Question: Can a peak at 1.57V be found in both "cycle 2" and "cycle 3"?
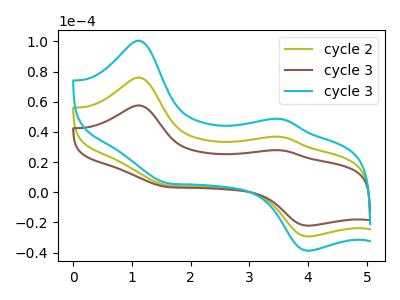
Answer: <think>The olive curve "cycle 2" has anodic peaks at (1.15V, 76.05uA) (3.55V, 36.75uA) and cathodic peaks at (1.55V, 4.80uA) (4.00V, -29.40uA). The brown curve "cycle 3" has anodic peaks at (1.15V, 57.55uA) (3.55V, 27.80uA) and cathodic peaks at (1.55V, 3.60uA) (4.00V, -22.25uA). The cyan curve "cycle 3" has anodic peaks at (1.15V, 152.10uA) (3.55V, 73.50uA) and cathodic peaks at (1.55V, 9.55uA) (4.00V, -58.80uA).</think>
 <answer>Yes, "cycle 2" and "cycle 3" share a peak at 1.57V.</answer>
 <eval>match</eval>